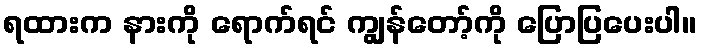
ရထားက နားကို ရောက်ရင် ကျွန်တော့်ကို ပြောပြပေးပါ။